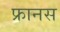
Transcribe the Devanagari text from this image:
फ्रानस